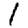
Digit: 1